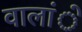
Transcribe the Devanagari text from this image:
वालांे